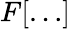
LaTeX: F[\dots]